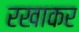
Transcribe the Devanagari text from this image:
रखाकर